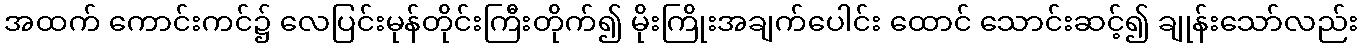
အထက် ကောင်းကင်၌ လေပြင်းမုန်တိုင်းကြီးတိုက်၍ မိုးကြိုးအချက်ပေါင်း ထောင် သောင်းဆင့်၍ ချုန်းသော်လည်း